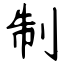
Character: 制